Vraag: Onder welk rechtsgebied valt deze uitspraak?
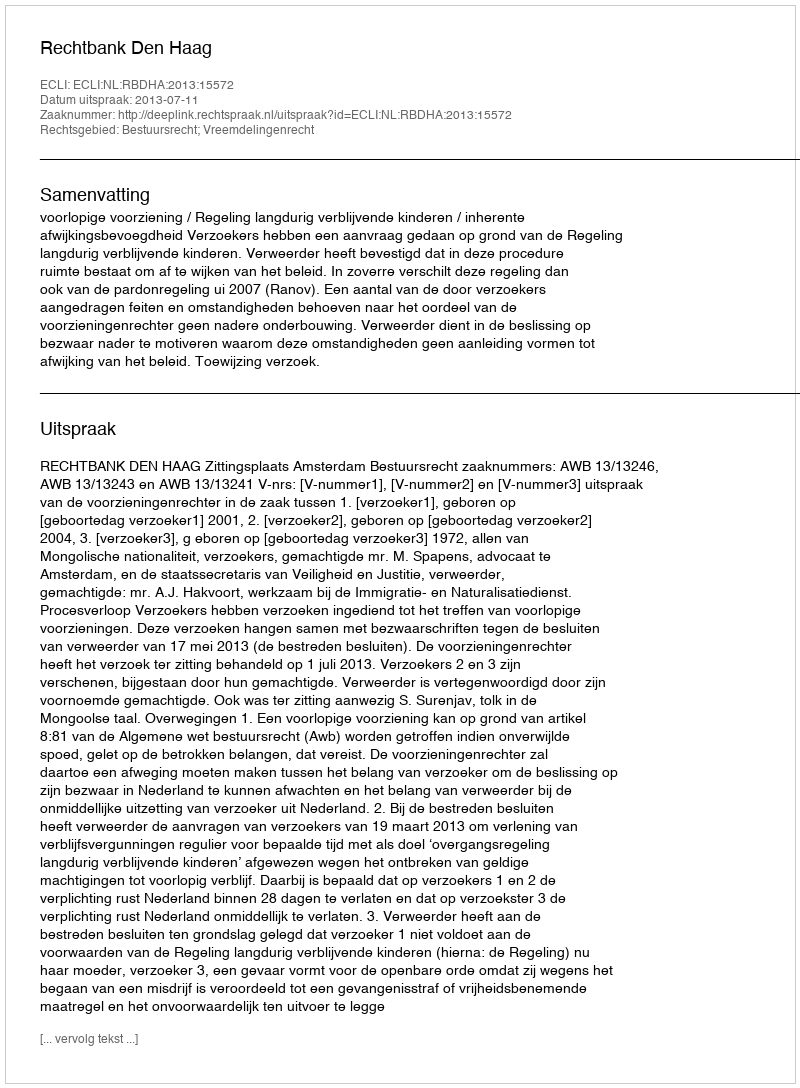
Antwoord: Bestuursrecht; Vreemdelingenrecht